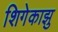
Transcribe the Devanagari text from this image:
शिगेकाझु